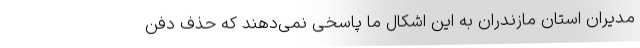
مدیران استان مازندران به این اِشکال ما پاسخی نمی‌دهند که حذف دفن